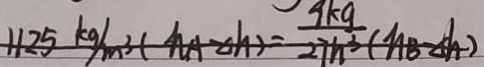
1 1 2 5 k g / m ^ { 3 } ( h A - \Delta h ) = \frac { 9 k g } { 2 7 h ^ { 3 } } ( h B - \Delta h )